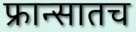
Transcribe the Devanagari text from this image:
फ्रान्सातच